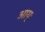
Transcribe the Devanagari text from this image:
आयुः